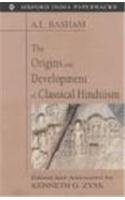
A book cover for The Origins and Development of Classical Hinduism (Oxford India Paperbacks); A. L. Basham; Religion & Spirituality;